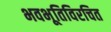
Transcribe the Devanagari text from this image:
भवभूतिविरचित